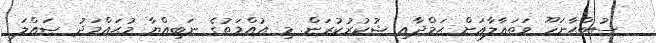
ސުބްޙާނަހޫ ވަތަޢާލާއަށް ޙަމްދާއި ޝުކުރުކުރަން. މި އުއްމަތުގެ ނަބިއްޔާ މުޙައްމަދު ޞައްލަ